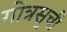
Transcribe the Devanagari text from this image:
गोत्रसूची